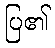
ပြ၏